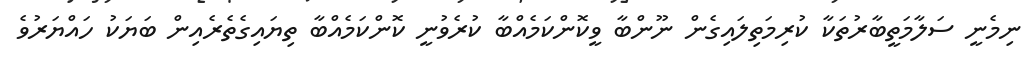
ނިމެނީ ސަލާމަތީބާރުތަކާ ކުރިމަތިލައިގެން ނޫންބާ ވީކޮންކަމެއްބާ ކުރެވުނީ ކޮންކަމެއްބާ ތިޔައިގެތެރެއިން ބަޔަކު ހައްޔަރުވެ